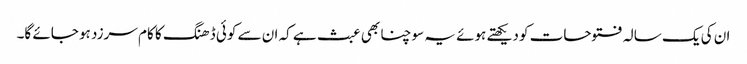
ان کی یک سالہ فتوحات کو دیکھتے ہوئے یہ سوچنا بھی عبث ہے کہ ان سے کوئی ڈھنگ کا کام سرزد ہو جائے گا۔